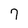
Character: 7